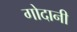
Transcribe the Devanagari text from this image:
गोदानी